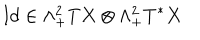
\mathrm { I d } \in \wedge _ { + } ^ { 2 } T X \otimes \wedge _ { + } ^ { 2 } T ^ { * } X